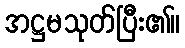
အဋ္ဌမသုတ်ပြီး၏။